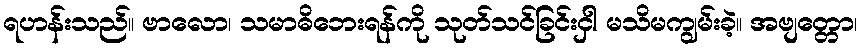
ရဟန်းသည်။ ဗာလော၊ သမာဓိဘေးရန်ကို သုတ်သင်ခြင်းငှါ မသိမကျွမ်းခဲ့။ အဗျတ္တော၊